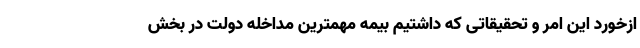
ازخورد این امر و تحقیقاتی که داشتیم بیمه مهمترین مداخله دولت در بخش